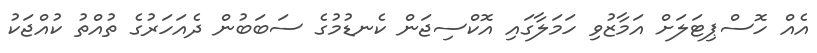
އެއް ހޮސްޕިޓަލަށް އަމާޒުވި ހަމަލާގައި އޮކްސިޖަން ކެނޑުމުގެ ސަބަބުން ދެއަހަރުގެ ތުއްތު ކުއްޖަކު